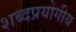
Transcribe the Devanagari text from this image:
शब्दप्रयोगीय